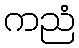
ကညံ